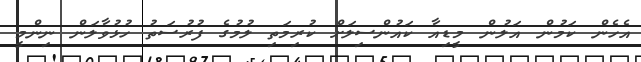
އެހެން ކަމުން އަލުން މީޑިއާ ކައުންސިލަށް ކުރިމަތި ލުމުގެ ފުރުސަތު ހުޅުވާލަން ނިންމީ